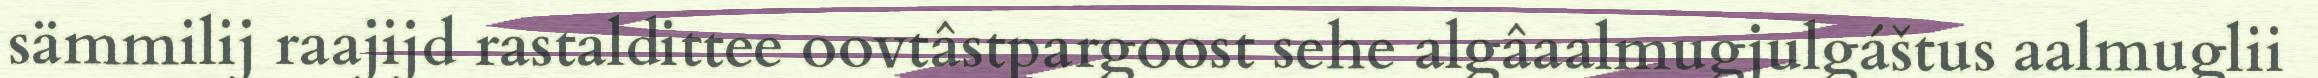
sämmilij raajijd rastaldittee oovtâstpargoost sehe algâaalmugjulgáštus aalmuglii